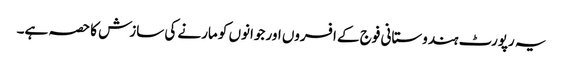
یہ رپورٹ ہندوستانی فوج کے افسروں اور جوانوں کو مارنے کی سازش کا حصہ ہے۔